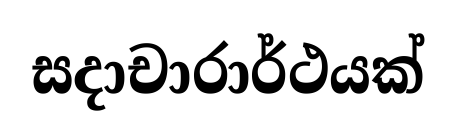
සදාචාරාර්ථයක්